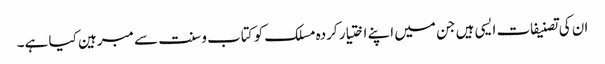
ان کی تصنیفات ایسی ہیں جن میں اپنے اختیار کردہ مسلک کو کتاب و سنت سے مبرہین کیا ہے۔